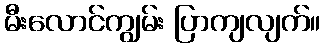
မီးလောင်ကျွမ်း ပြာကျလျက်။